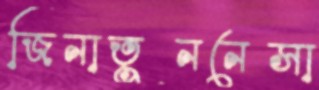
জিনাতুননেসা